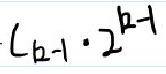
$( b - 1 ) \cdot 2 ^ { b - 1 }$